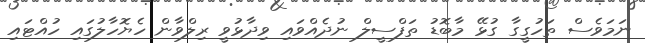
ނަމަވެސް ތަހުގީގާ ގުޅޭ މާބޮޑު ތަފްސީލް ނުދެއްވައި ވިދާޅުވީ ރިލްވާން ހެޔޮހާލުގައި ހުއްޓައި